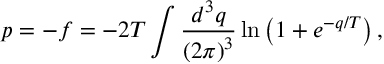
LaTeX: p = - f = - 2 T \int \frac { d ^ { 3 } q } { \left( 2 \pi \right) ^ { 3 } } \ln \left( 1 + e ^ { - q / T } \right) ,